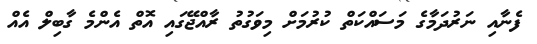
ފެނާއި ނަރުދަމާގެ މަސައްކަތް ކުރުމަށް މިވަގުތު ރާއްޖޭގައި އޮތް އެންމެ ގާބިލް އެއް